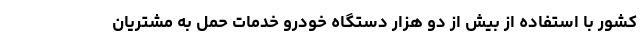
کشور با استفاده از بیش از دو هزار دستگاه خودرو خدمات حمل به مشتریان